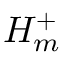
H _ { m } ^ { + }